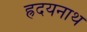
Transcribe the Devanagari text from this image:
ह्रदयनाथ